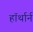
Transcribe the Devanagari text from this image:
हॉर्थार्न